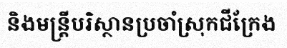
និងមន្ត្រីបរិស្ថានប្រចាំស្រុកជីក្រែង